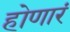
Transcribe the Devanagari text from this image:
होणारं